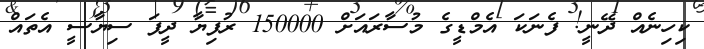
ކިހިނެއް ދޭނީ! ފެނަކަ އެމްޑީގެ މުސާރައަށް 150000 ރުފިޔާ ދީފަ ސިޔާސީ އެތައް